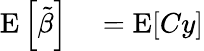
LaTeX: \begin{array}{rlrl}{\operatorname{E}\left[{\tilde{\beta}}\right]}&{{}=\operatorname{E}[Cy]}\end{array}